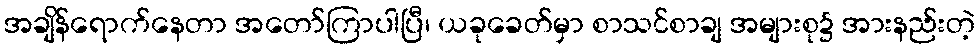
အချိန်ရောက်နေတာ အတော်ကြာပါပြီ၊ ယခုခေတ်မှာ စာသင်စာချ အများစု၌ အားနည်းတဲ့